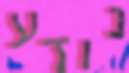
נודע